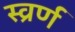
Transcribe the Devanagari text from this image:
स्व्रर्ण